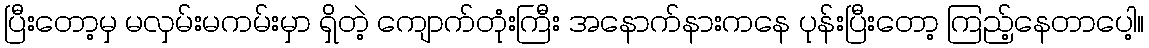
ပြီးတော့မှ မလှမ်းမကမ်းမှာ ရှိတဲ့ ကျောက်တုံးကြီး အနောက်နားကနေ ပုန်းပြီးတော့ ကြည့်နေတာပေါ့။